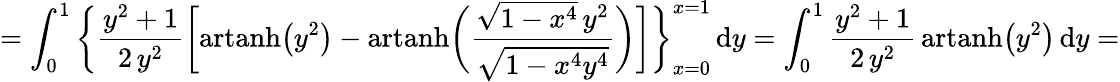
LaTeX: =\int_{0}^{1}{\biggl\{ \frac{y^{2}+1}{2\, y^{2}}}{\biggl[}{\mathrm{artanh}}{\bigl(}y^{2}{\bigr)}-{\mathrm{artanh}}{\biggl(}{\frac{{\sqrt{1-x^{4}}}\, y^{2}}{\sqrt{1-x^{4}y^{4}}}}{\biggr)}{\biggr]}{\biggr\} }_{x=0}^{x=1}\, \mathrm{d}y=\int_{0}^{1}{\frac{y^{2}+1}{2\, y^{2}}}\, \mathrm{artanh}{\bigl(}y^{2}{\bigr)}\, \mathrm{d}y=